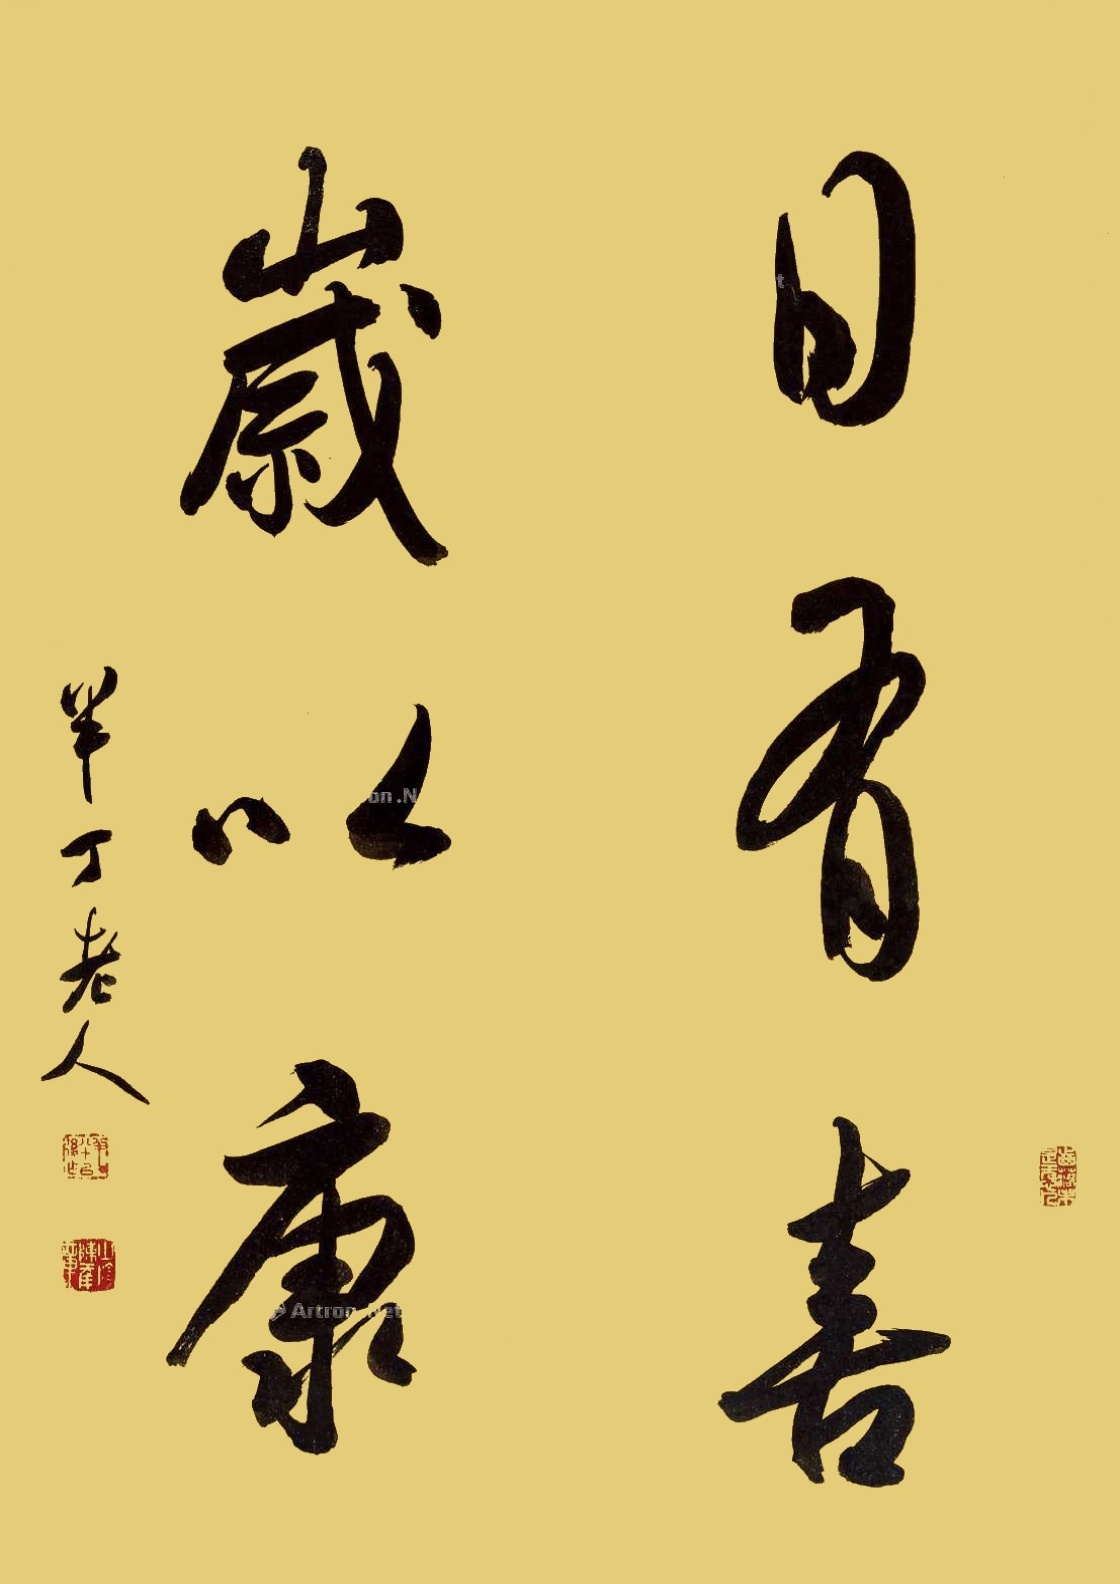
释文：日有喜，岁以康。半丁老人。